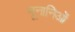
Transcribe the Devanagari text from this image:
यूनानिओं